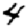
Digit: 4